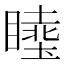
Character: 𱳉